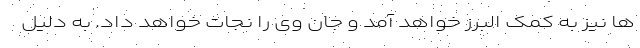
ها نیز به کمک البرز خواهد آمد و جان وی را نجات خواهد داد. به دلیل